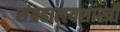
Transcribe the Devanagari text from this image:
संग्रहालयशास्त्री